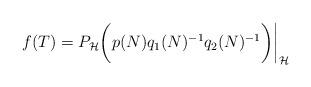
LaTeX: \begin{align*} f(T)=P_\mathcal H \bigg(p(N)q_1(N)^{-1}q_2(N)^{-1}\bigg) \bigg|_\mathcal H \end{align*}